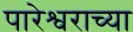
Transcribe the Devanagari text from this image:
पारेश्वराच्या